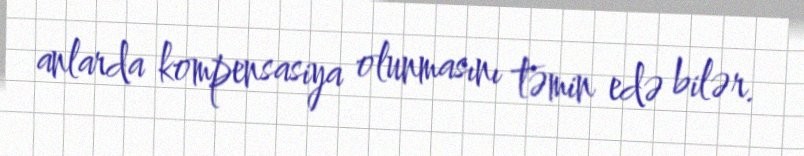
anlarda kompensasiya olunmasını təmin edə bilər.